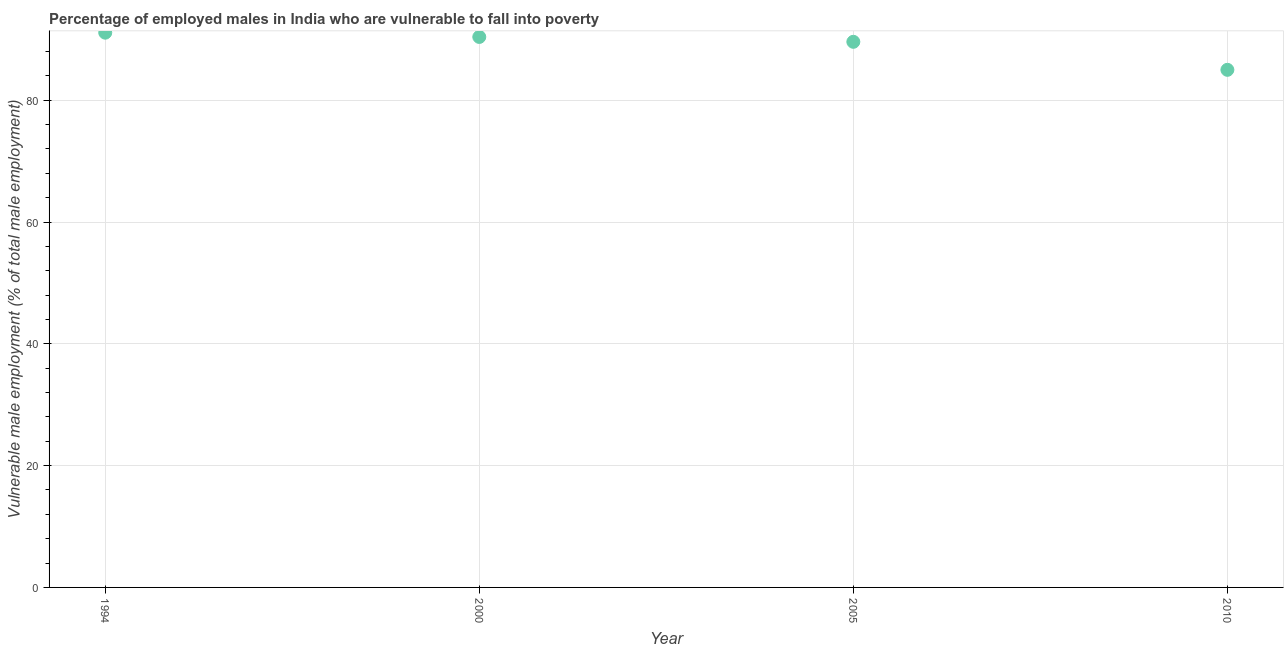
| Year | Percentage of employed males who are vulnerable to fall into poverty |
 | --- | --- |
 | 1994 | 91.1 |
 | 2000 | 90.4 |
 | 2005 | 89.6 |
 | 2010 | 85 |